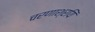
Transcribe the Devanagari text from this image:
चरणाश्रयिं